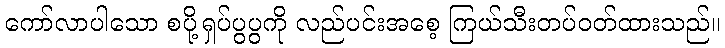
ကော်လာပါသော စပို့ရှပ်ပွပွကို လည်ပင်းအစေ့ ကြယ်သီးတပ်ဝတ်ထားသည်။